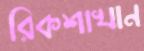
রিকশাখান